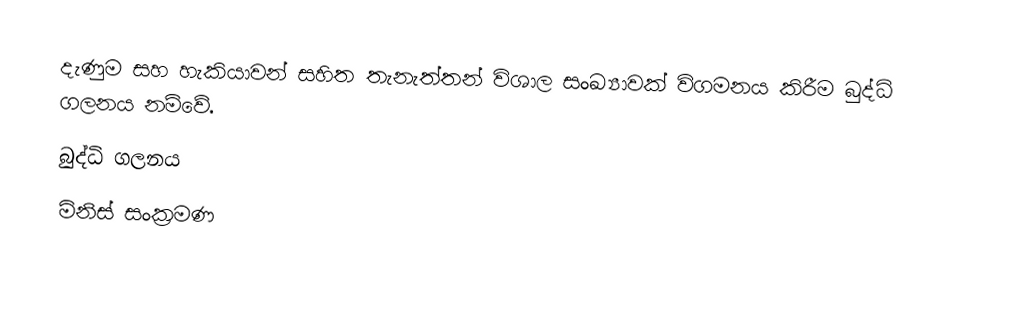
දැණුම සහ හැකියාවන් සහිත තැනැත්තන් විශාල සංඛ්‍යාවක් විගමනය කිරීම බුද්ධි ගලනය නම්වේ.
බුද්ධි ගලනය
මිනිස් සංක්‍රමණ